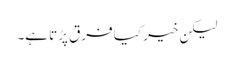
لیکن خیر کیا فرق پڑتا ہے۔